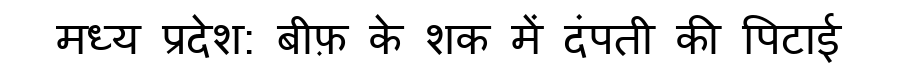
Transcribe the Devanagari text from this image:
मध्य प्रदेश: बीफ़ के शक में दंपती की पिटाई